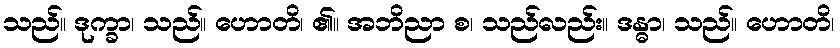
သည်။ ဒုက္ခာ၊ သည်။ ဟောတိ၊ ၏။ အဘိညာ စ၊ သည်လည်း။ ဒန္ဓာ၊ သည်။ ဟောတိ၊